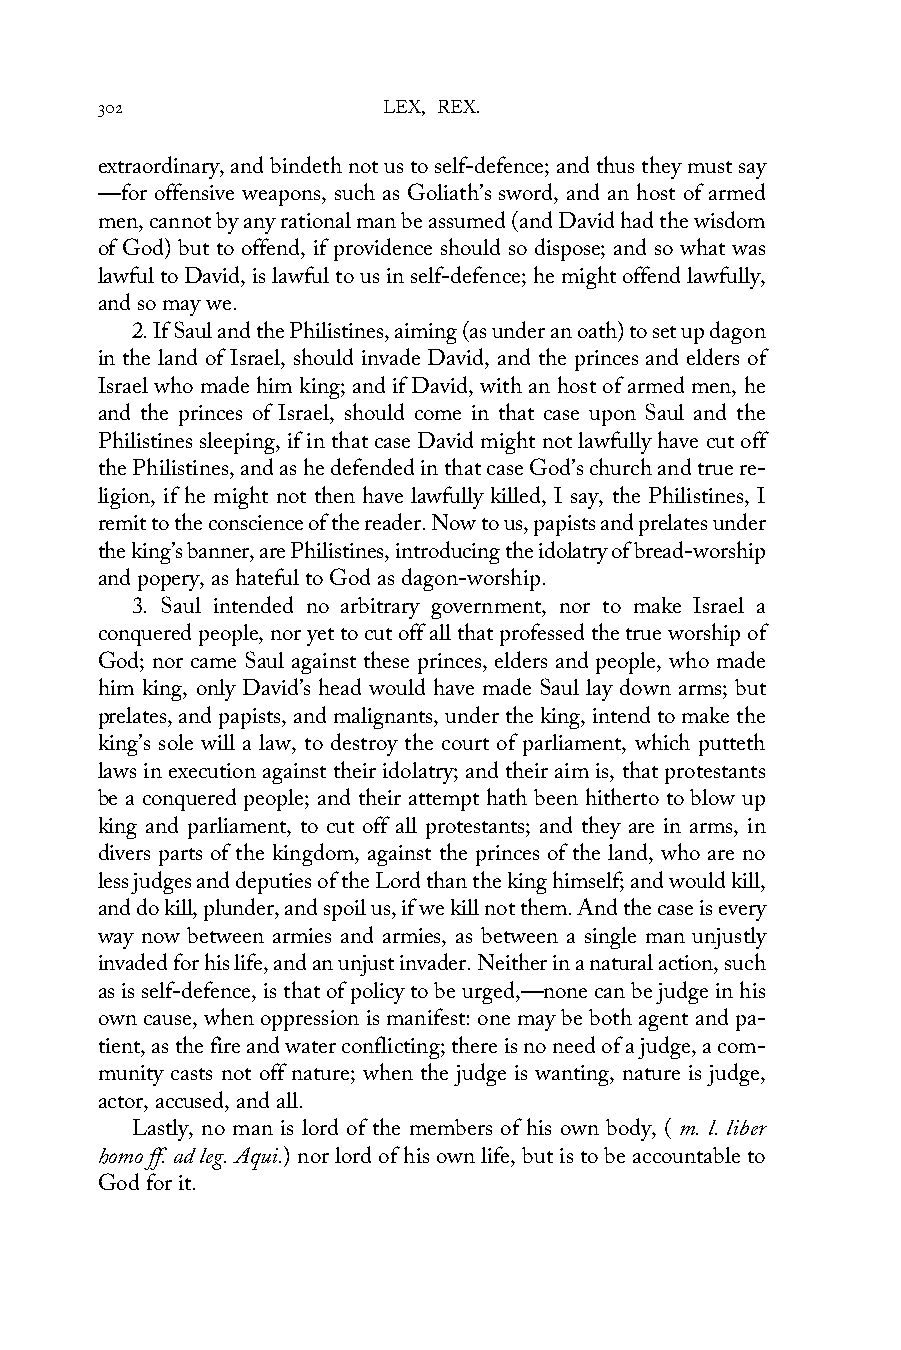
302                LEX, REX.
 extraordinary, and bindeth not us to self-defence; and thus they must say
 —for offensive weapons, such as Goliath’s sword, and an host of armed
 men, cannot by any rational man be assumed (and David had the wisdom
 of God) but to offend, if providence should so dispose; and so what was
 lawful to David, is lawful to us in self-defence; he might offend lawfully,
 and so may we.
 2. If Saul and the Philistines, aiming (as under an oath) to set up dagon
 in the land of Israel, should invade David, and the princes and elders of
 Israel who made him king; and if David, with an host of armed men, he
 and the princes of Israel, should come in that case upon Saul and the
 Philistines sleeping, if in that case David might not lawfully have cut off
 the Philistines, and as he defended in that case God’s church and true re-
 ligion, if he might not then have lawfully killed, I say, the Philistines, I
 remit to the conscience of the reader. Now to us, papists and prelates under
 the king’s banner, are Philistines, introducing the idolatry of bread-worship
 and popery, as hateful to God as dagon-worship.
 3. Saul intended no arbitrary government, nor to make Israel a
 conquered people, nor yet to cut off all that professed the true worship of
 God; nor came Saul against these princes, elders and people, who made
 him king, only David’s head would have made Saul lay down arms; but
 prelates, and papists, and malignants, under the king, intend to make the
 king’s sole will a law, to destroy the court of parliament, which putteth
 laws in execution against their idolatry; and their aim is, that protestants
 be a conquered people; and their attempt hath been hitherto to blow up
 king and parliament, to cut off all protestants; and they are in arms, in
 divers parts of the kingdom, against the princes of the land, who are no
 less judges and deputies of the Lord than the king himself; and would kill,
 and do kill, plunder, and spoil us, if we kill not them. And the case is every
 way now between armies and armies, as between a single man unjustly
 invaded for his life, and an unjust invader. Neither in a natural action, such
 as is self-defence, is that of policy to be urged,—none can be judge in his
 own cause, when oppression is manifest: one may be both agent and pa-
 tient, as the fire and water conflicting; there is no need of a judge, a com-
 munity casts not off nature; when the judge is wanting, nature is judge,
 actor, accused, and all.
 Lastly, no man is lord of the members of his own body, ( m. l. liber
 homo ff. ad leg. Aqui.) nor lord of his own life, but is to be accountable to
 God for it.